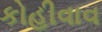
કોહીવાવ